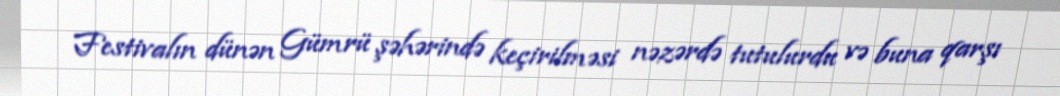
Festivalın dünən Gümrü şəhərində keçirilməsi nəzərdə tutulurdu və buna qarşı